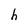
Character: h